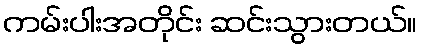
ကမ်းပါးအတိုင်း ဆင်းသွားတယ်။